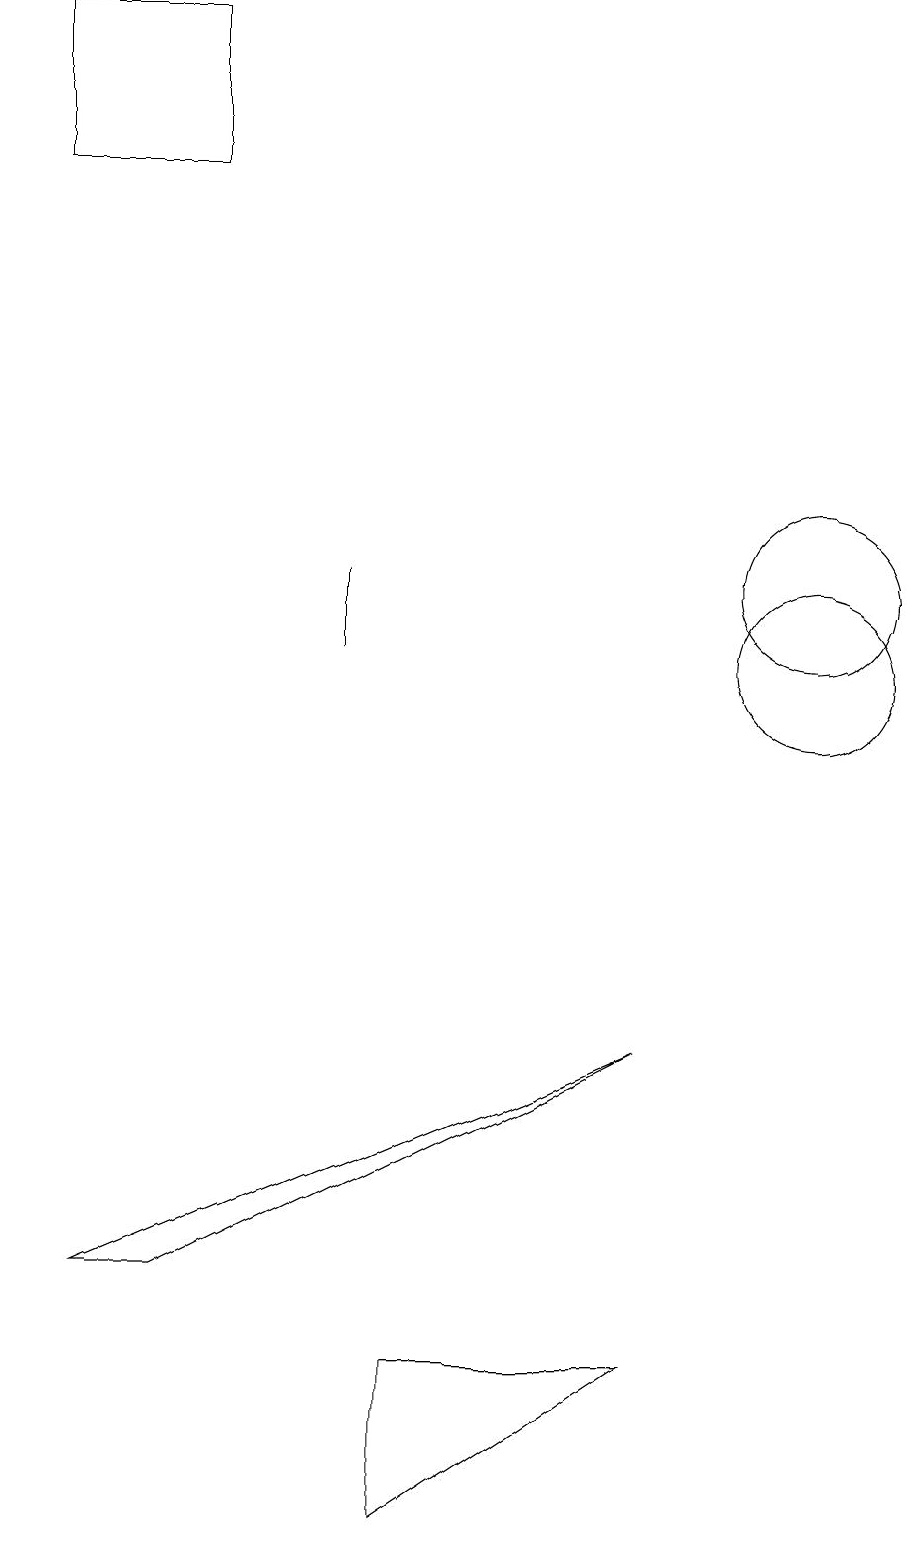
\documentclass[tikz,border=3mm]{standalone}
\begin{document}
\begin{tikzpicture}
\draw (8,2) -- (5,0) -- (5,2) -- cycle;
\draw (11,11) circle (0);
\draw (2,19) rectangle (0,17);
\draw (10,11) circle (1);
\draw (4,12) rectangle (4,11);
\draw (1,3) -- (8,6) -- (2,3) -- cycle;
\draw (10,12) circle (1);
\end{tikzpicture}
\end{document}